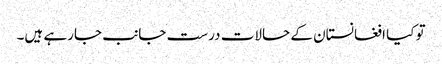
تو کیا افغانستان کے حالات درست جانب جارہے ہیں۔